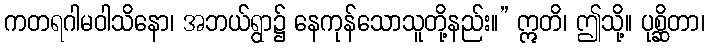
ကတရဂါမဝါသိနော၊ အဘယ်ရွာ၌ နေကုန်သောသူတို့နည်း။” ဣတိ၊ ဤသို့။ ပုစ္ဆိတာ၊